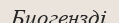
Биогензді